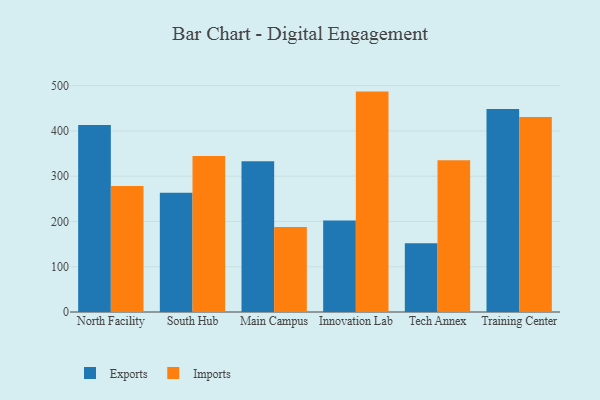
{"axis": {"x": "Campus", "y": "Headcount"}, "legend": ["Exports", "Imports"], "data": [{"x": "North Facility", "y": 413.3, "type": "Exports"}, {"x": "North Facility", "y": 278.4, "type": "Imports"}, {"x": "South Hub", "y": 263.5, "type": "Exports"}, {"x": "South Hub", "y": 344.4, "type": "Imports"}, {"x": "Main Campus", "y": 333.1, "type": "Exports"}, {"x": "Main Campus", "y": 188.0, "type": "Imports"}, {"x": "Innovation Lab", "y": 202.0, "type": "Exports"}, {"x": "Innovation Lab", "y": 486.8, "type": "Imports"}, {"x": "Tech Annex", "y": 151.9, "type": "Exports"}, {"x": "Tech Annex", "y": 335.4, "type": "Imports"}, {"x": "Training Center", "y": 448.3, "type": "Exports"}, {"x": "Training Center", "y": 430.8, "type": "Imports"}]}